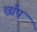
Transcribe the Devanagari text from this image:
छाँप